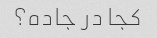
کجا در جاده؟